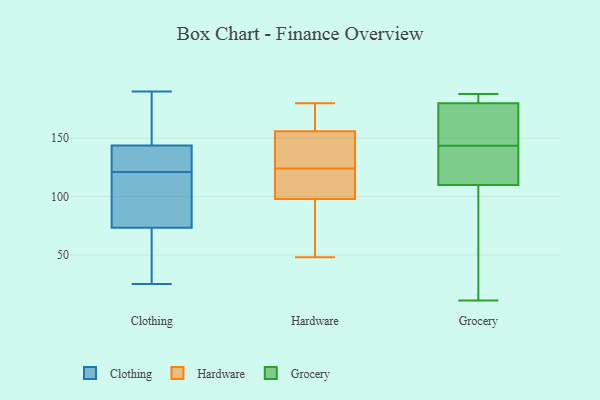
{"axis": {"x": "Headcount", "y": "Value"}, "legend": ["Clothing", "Grocery", "Hardware"], "data": [{"x": "", "y": 93, "type": "Clothing"}, {"x": "", "y": 121, "type": "Clothing"}, {"x": "", "y": 121, "type": "Clothing"}, {"x": "", "y": 39, "type": "Clothing"}, {"x": "", "y": 170, "type": "Clothing"}, {"x": "", "y": 131, "type": "Clothing"}, {"x": "", "y": 190, "type": "Clothing"}, {"x": "", "y": 25, "type": "Clothing"}, {"x": "", "y": 50, "type": "Clothing"}, {"x": "", "y": 81, "type": "Clothing"}, {"x": "", "y": 190, "type": "Clothing"}, {"x": "", "y": 116, "type": "Clothing"}, {"x": "", "y": 135, "type": "Clothing"}, {"x": "", "y": 180, "type": "Hardware"}, {"x": "", "y": 85, "type": "Hardware"}, {"x": "", "y": 48, "type": "Hardware"}, {"x": "", "y": 129, "type": "Hardware"}, {"x": "", "y": 100, "type": "Hardware"}, {"x": "", "y": 156, "type": "Hardware"}, {"x": "", "y": 98, "type": "Hardware"}, {"x": "", "y": 119, "type": "Hardware"}, {"x": "", "y": 158, "type": "Hardware"}, {"x": "", "y": 151, "type": "Hardware"}, {"x": "", "y": 115, "type": "Grocery"}, {"x": "", "y": 134, "type": "Grocery"}, {"x": "", "y": 11, "type": "Grocery"}, {"x": "", "y": 180, "type": "Grocery"}, {"x": "", "y": 188, "type": "Grocery"}, {"x": "", "y": 188, "type": "Grocery"}, {"x": "", "y": 152, "type": "Grocery"}, {"x": "", "y": 28, "type": "Grocery"}, {"x": "", "y": 180, "type": "Grocery"}, {"x": "", "y": 161, "type": "Grocery"}, {"x": "", "y": 105, "type": "Grocery"}, {"x": "", "y": 135, "type": "Grocery"}]}